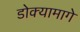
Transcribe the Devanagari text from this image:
डोक्यामागे